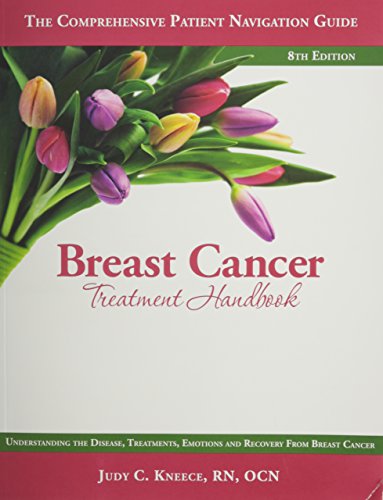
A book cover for Breast Cancer Treatment Handbook: Understanding the Disease, Treatments, Emotions, and Recovery From Breast Cancer; Judy C. Kneece; Health, Fitness & Dieting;